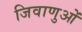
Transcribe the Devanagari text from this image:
जिवाणुओं